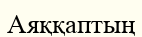
Аяққаптың